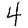
Digit: 4